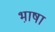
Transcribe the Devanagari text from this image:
भा़षा